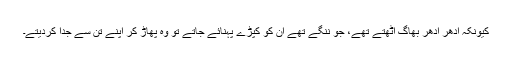
کیونکہ اِدھر اُدھر بھاگ اُٹھتے تھے، جو ننگے تھے ان کو کپڑے پہنائے جاتے تو وہ پھاڑ کر اپنے تن سے جدا کردیتے۔